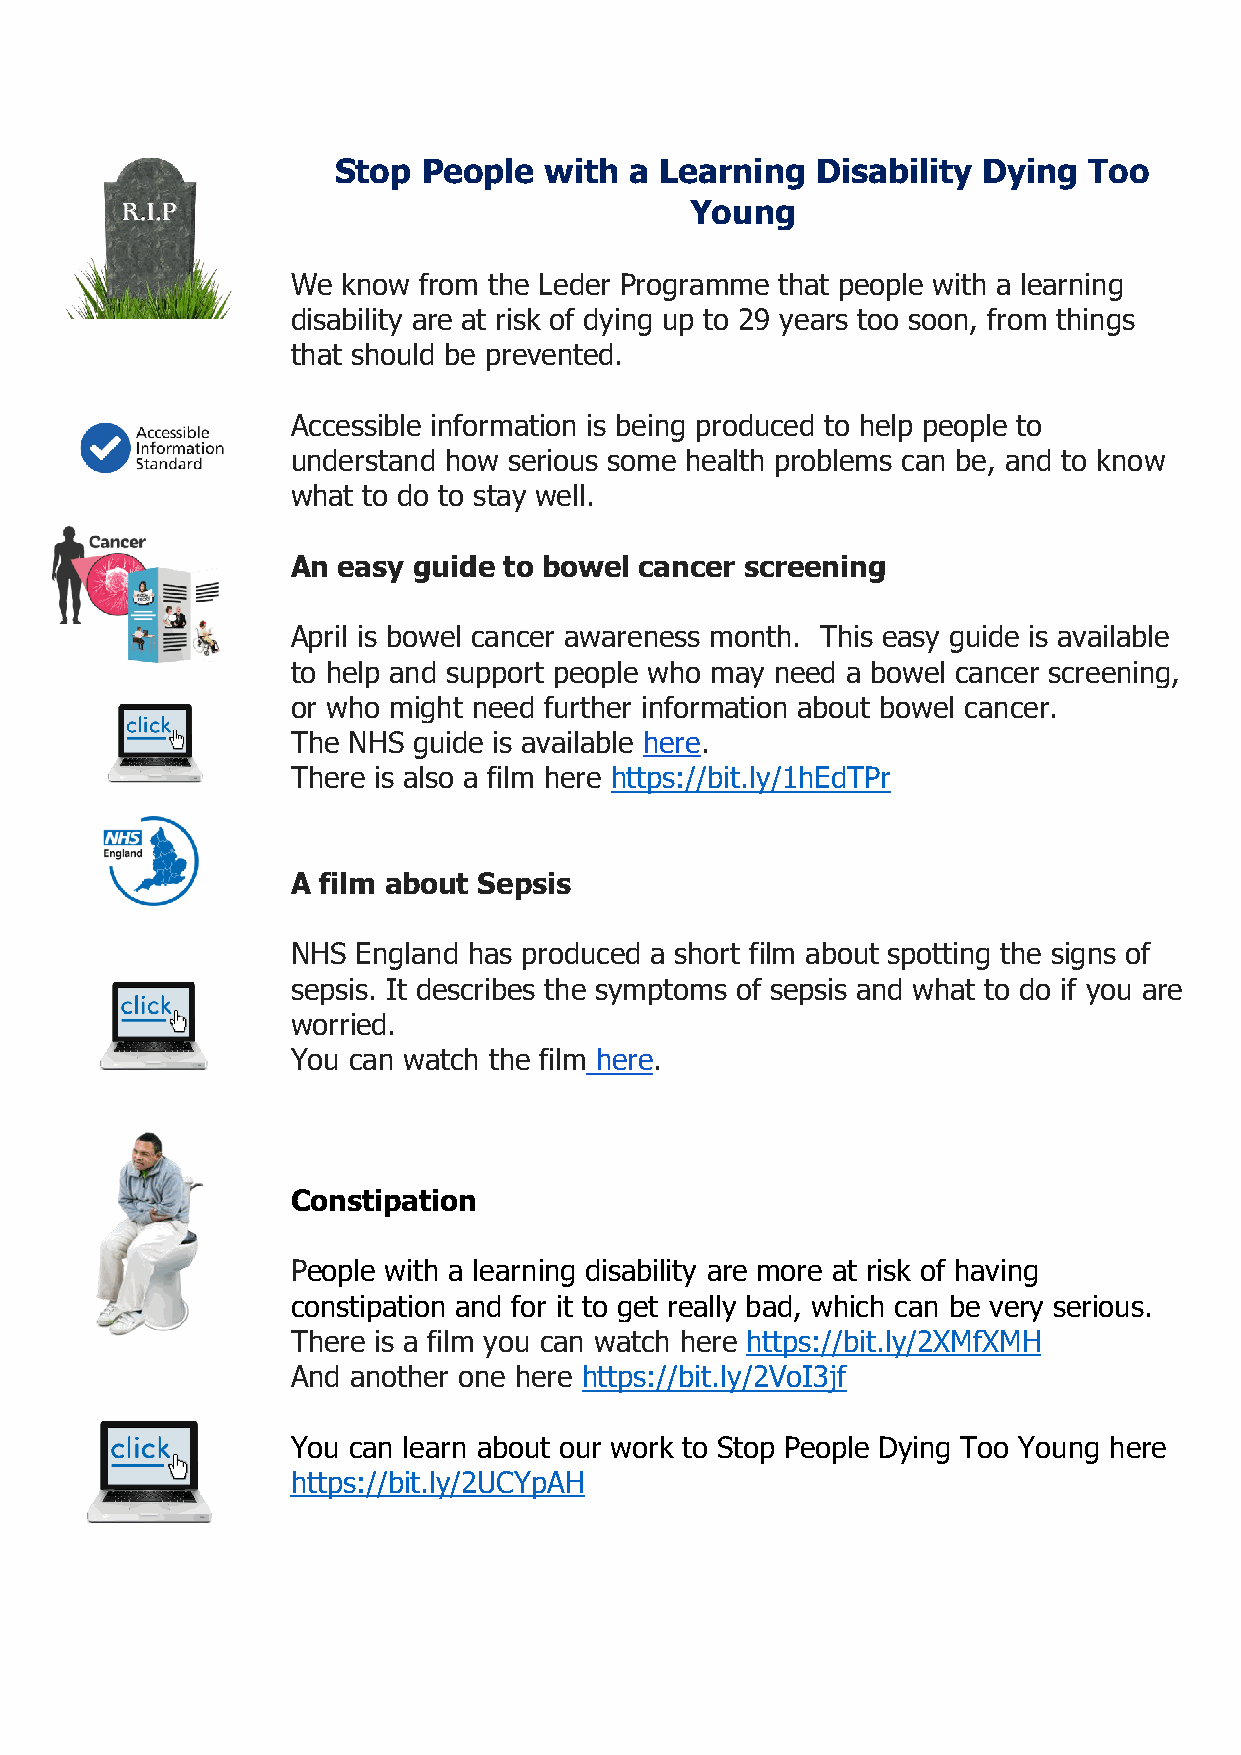
Stop  People  with  a Learning  Disability Dying  Too
 Young
 We  know from the Leder Programme that people with a learning
 disability are at risk of dying up to 29 years too soon, from things
 that should be prevented.
 Accessible information is being produced to help people to
 understand how serious some health problems can be, and to know
 what to do to stay well.
 An easy guide to bowel cancer screening
 April is bowel cancer awareness month. This easy guide is available
 to help and support people who may need a bowel cancer screening,
 or who might need further information about bowel cancer.
 The NHS guide is available here.
 There is also a film here https://bit.ly/1hEdTPr
 A film about Sepsis
 NHS  England has produced a short film about spotting the signs of
 sepsis. It describes the symptoms of sepsis and what to do if you are
 worried.
 You can watch the film here.
 Constipation
 People with a learning disability are more at risk of having
 constipation and for it to get really bad, which can be very serious.
 There is a film you can watch here https://bit.ly/2XMfXMH
 And another one here https://bit.ly/2VoI3jf
 You can learn about our work to Stop People Dying Too Young here
 https://bit.ly/2UCYpAH